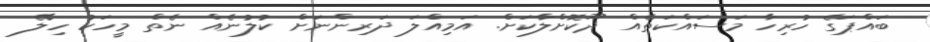
ބައްޕަގެ ހުރިހާ މަސައްކަތެއް ދޫކޮށްލާކަށް. އަމިއްލަ ދަރިންނަށް ކުލުނެއް ނެތް މީހަކު ހިލޭ